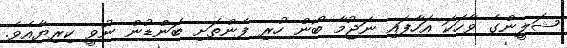
ޝަލީންގެ ވާހަކަ އަހާފައި ނަޖުމާ ބޯން ހުރި ފެންތަށި ބަންޑުން ނުވީ ކިރިޔާއެވެ.